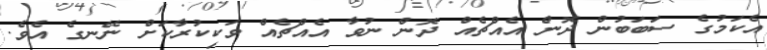
އެކަމުގެ ސަބަބުން ދޮން އެއްޗެއް ދޮން ނުވާ އެއްޗެއް ވަކިކުރާކަށް ނޭނގެ އެވެ.